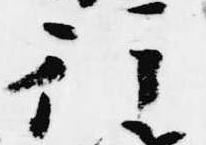
行